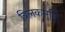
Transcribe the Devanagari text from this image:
त्रिलकमूर्ति